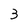
Character: 3